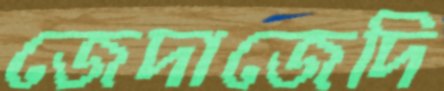
জেদাজেদি